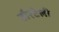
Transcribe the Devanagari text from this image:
टौरटेली